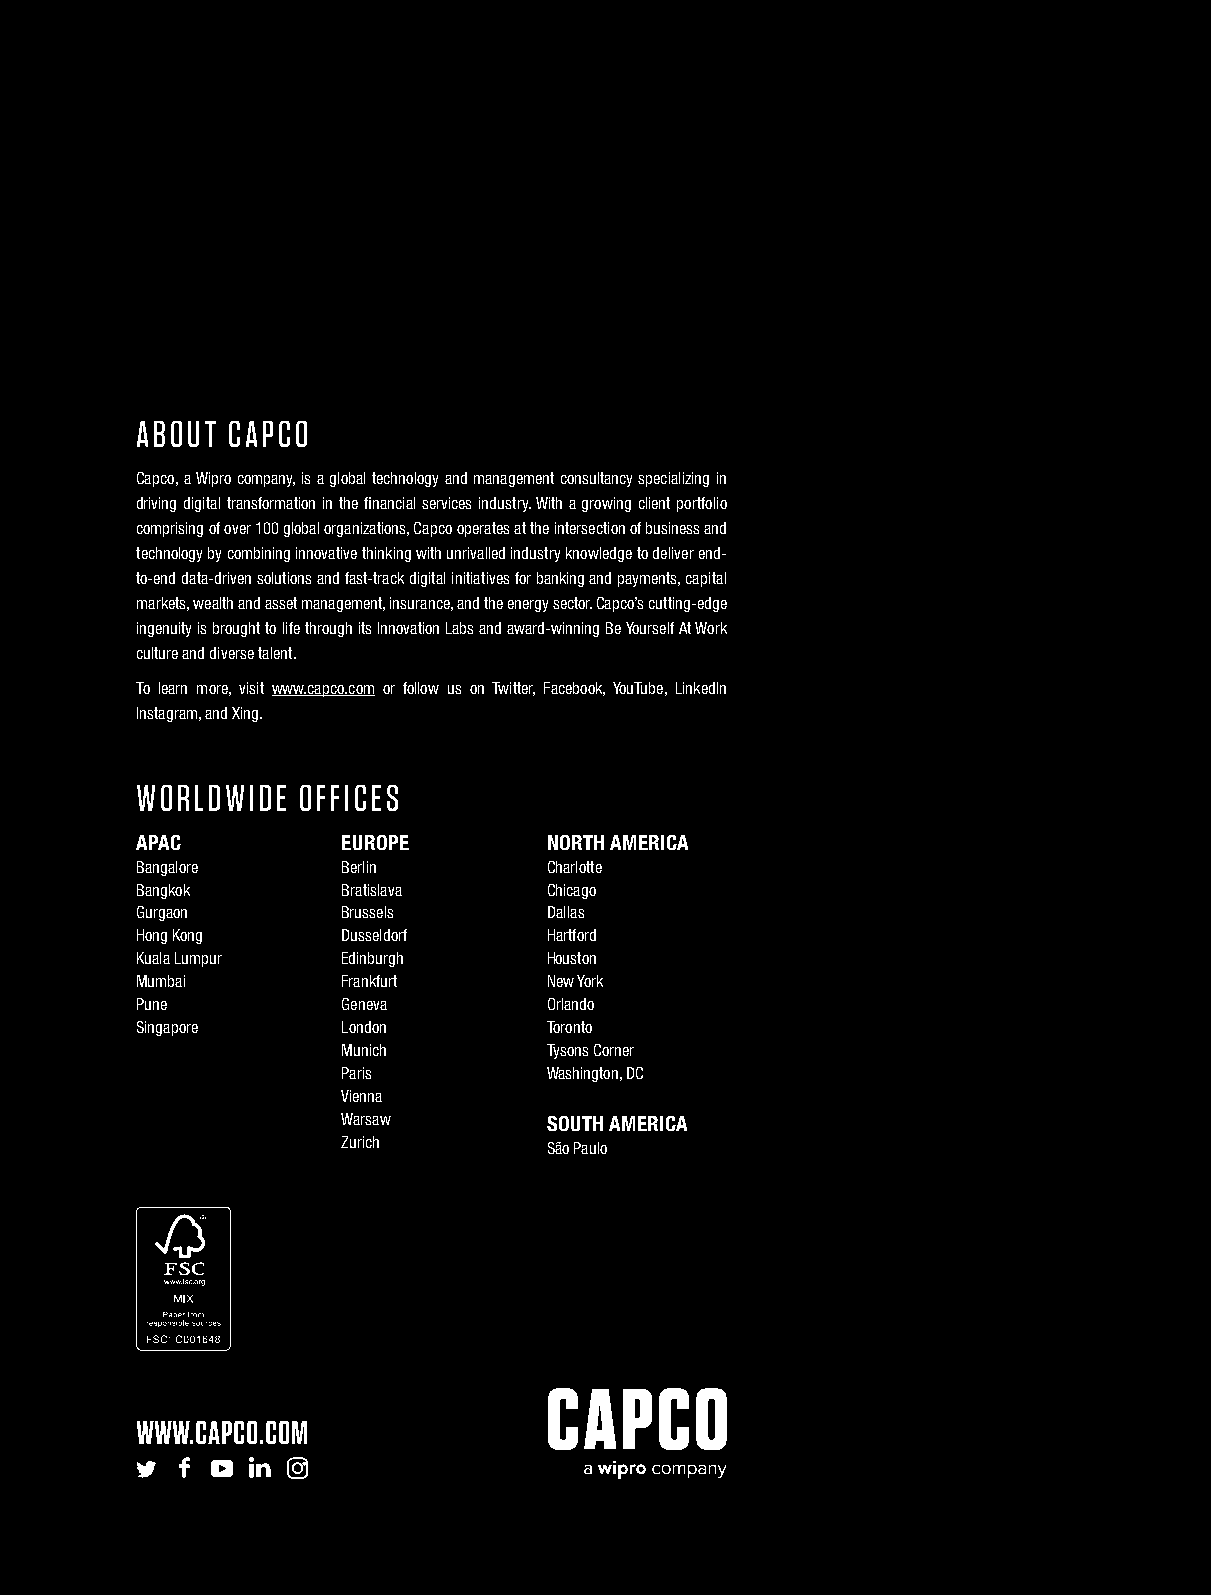
ABOUT CAPCO
 Capco, a Wipro company, is a global technology and management consultancy specializing in
 driving digital transformation in the financial services industry. With a growing client portfolio
 comprising of over 100 global organizations, Capco operates at the intersection of business and
 technology by combining innovative thinking with unrivalled industry knowledge to deliver end-
 to-end data-driven solutions and fast-track digital initiatives for banking and payments, capital
 markets, wealth and asset management, insurance, and the energy sector. Capco’s cutting-edge
 ingenuity is brought to life through its Innovation Labs and award-winning Be Yourself At Work
 culture and diverse talent.
 To learn more, visit www.capco.com or follow us on Twitter, Facebook, YouTube, LinkedIn
 Instagram, and Xing.
 WORLDWIDE  OFFICES
 APAC          EUROPE       NORTH AMERICA
 Bangalore     Berlin       Charlotte
 Bangkok       Bratislava   Chicago
 Gurgaon       Brussels     Dallas
 Hong Kong     Dusseldorf   Hartford
 Kuala Lumpur  Edinburgh    Houston
 Mumbai        Frankfurt    New York
 Pune          Geneva       Orlando
 Singapore     London       Toronto
 Munich       Tysons Corner
 Paris        Washington, DC
 Vienna
 Warsaw       SOUTH AMERICA
 Zurich       São Paulo
 WWW.CAPCO.COM